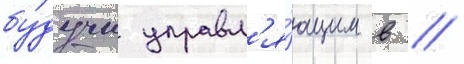
бу́дучи управл'я́ющим в /